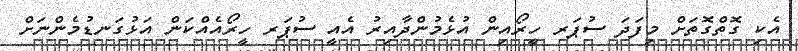
އެކި ގޮތްގޮތަށް މިފަދަ ސުޕަރ ހީރޯއިން އުޅެމުންދާއިރު އެއީ ސުޕަރ ހީރޯއެއްކަން އަޅުގަނޑުމެންނަށް